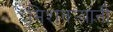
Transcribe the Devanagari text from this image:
मिशनर्‍यांनी